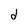
Character: d